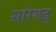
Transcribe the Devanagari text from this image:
सारंगढ्